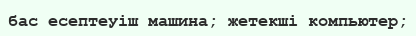
бас есептеуіш машина; жетекші компьютер;